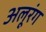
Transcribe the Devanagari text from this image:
अलूरंग